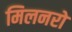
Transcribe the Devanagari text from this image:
मिलनरो